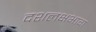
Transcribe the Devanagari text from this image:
दशलक्षभाग